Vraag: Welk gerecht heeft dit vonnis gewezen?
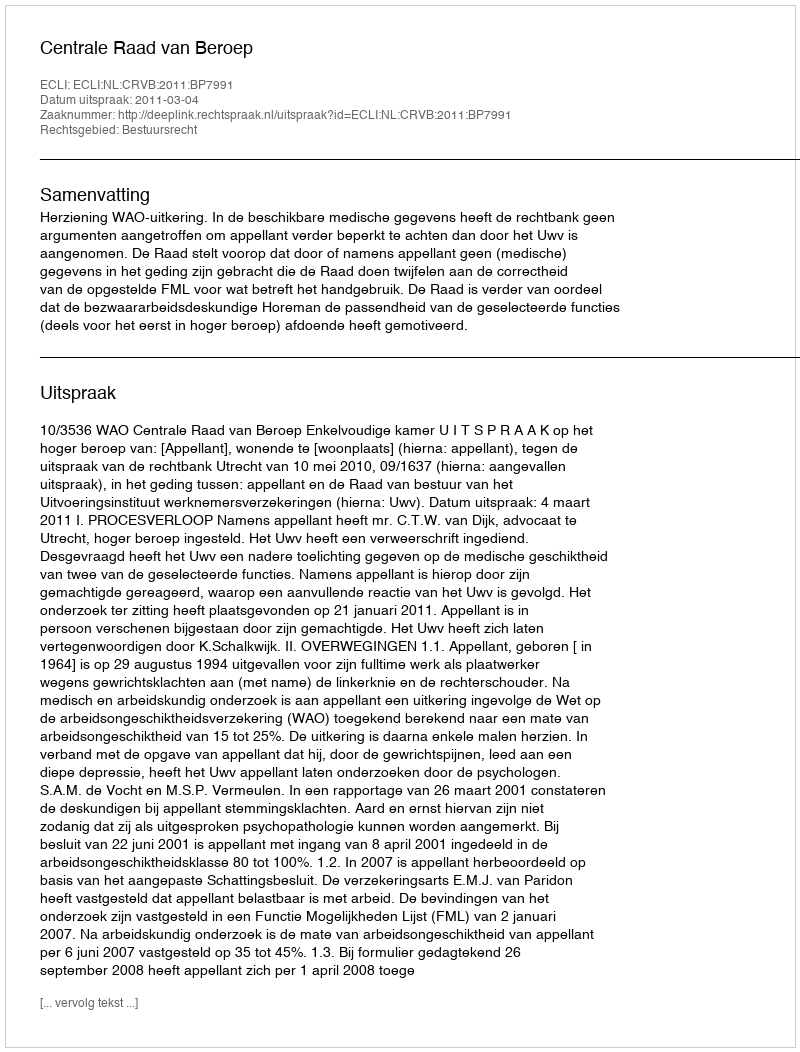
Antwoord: Centrale Raad van Beroep